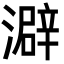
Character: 澼